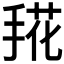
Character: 𰔀